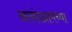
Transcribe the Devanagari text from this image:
आनंदग्रामच्या